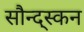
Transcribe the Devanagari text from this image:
सौन्द्स्कन